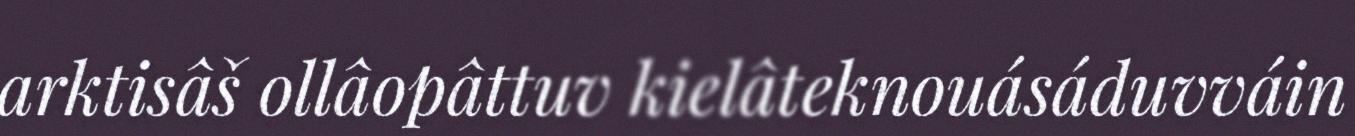
arktisâš ollâopâttuv kielâteknouásáduvváin